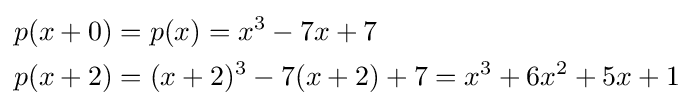
{\begin{aligned}p(x+0)&=p(x)=x^{3}-7x+7\\p(x+2)&=(x+2)^{3}-7(x+2)+7=x^{3}+6x^{2}+5x+1\end{aligned}}